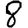
Digit: 8